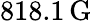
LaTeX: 818.1\, \mathrm{G}